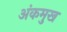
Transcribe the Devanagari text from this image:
अंकमुख